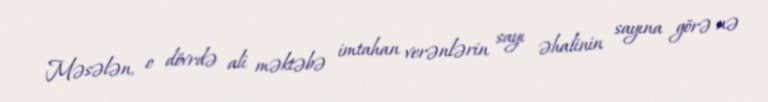
Məsələn, o dövrdə ali məktəbə imtahan verənlərin sayı əhalinin sayına görə nə